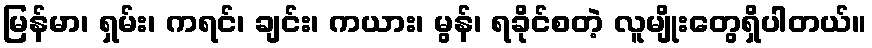
မြန်မာ၊ ရှမ်း၊ ကရင်၊ ချင်း၊ ကယား၊ မွန်၊ ရခိုင်စတဲ့ လူမျိုးတွေရှိပါတယ်။